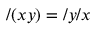
/ ( x y ) = / y / x